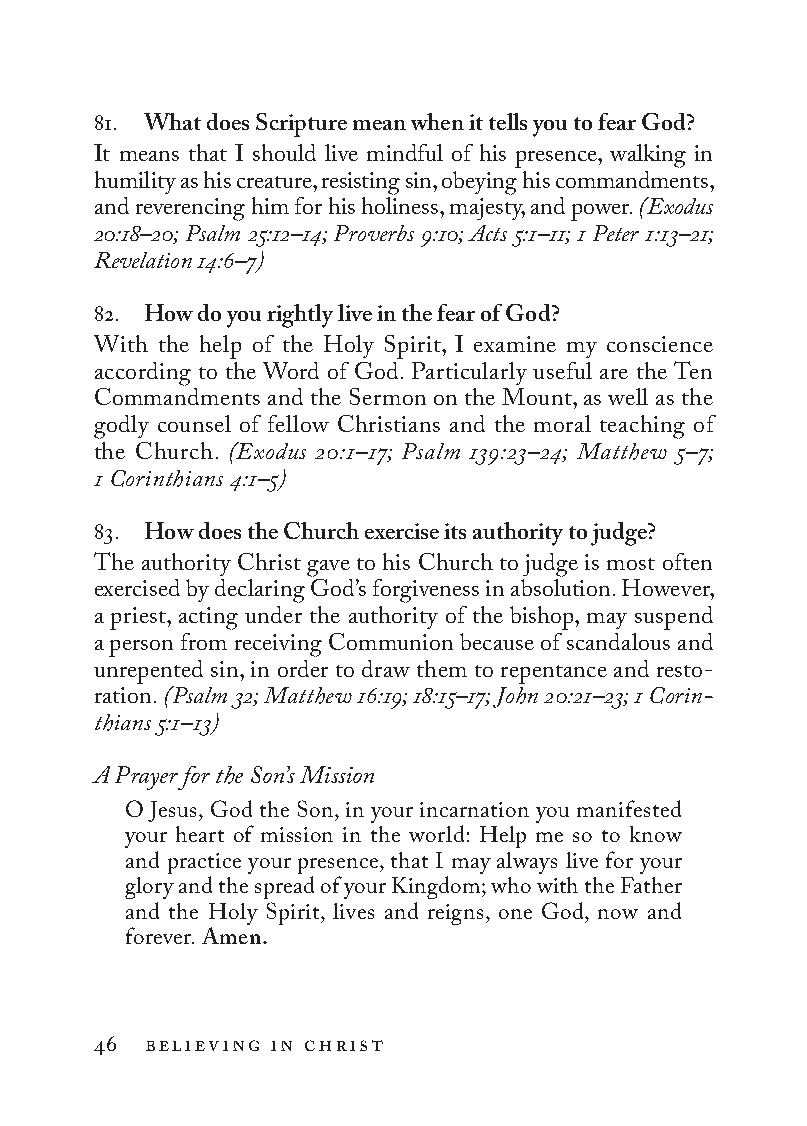
81. What does Scripture mean when it tells you to fear God?
 It means that I should live mindful of his presence, walking in
 humility as his creature, resisting sin, obeying his commandments,
 and reverencing him for his holiness, majesty, and power. (Exodus
 20:18–20; Psalm 25:12–14; Proverbs 9:10; Acts 5:1–11; 1 Peter 1:13–21;
 Revelation 14:6–7)
 82. How do you rightly live in the fear of God?
 With the help of the Holy Spirit, I examine my conscience
 according to the Word of God. Particularly useful are the Ten
 Commandments and the Sermon on the Mount, as well as the
 godly counsel of fellow Christians and the moral teaching of
 the Church. (Exodus 20:1–17; Psalm 139:23–24; Matthew 5–7;
 1 Cor int hia ns 4:1–5)
 83. How does the Church exercise its authority to judge?
 The authority Christ gave to his Church to judge is most often
 exercised by declaring God’s forgiveness in absolution. However,
 a priest, acting under the authority of the bishop, may suspend
 a person from receiving Communion because of scandalous and
 unrepented sin, in order to draw them to repentance and resto-
 ration. (Psalm 32; Matthew 16:19; 18:15–17; John 20:21–23; 1 Co rin­
 thia ns 5:1–13)
 A Prayer for the Son’s Mission
 O Jesus, God the Son, in your incarnation you manifested
 your heart of mission in the world: Help me so to know
 and practice your presence, that I may always live for your
 glory and the spread of your Kingdom; who with the Father
 and the Holy Spirit, lives and reigns, one God, now and
 forever. Amen.
 46 believing in christ
 To be a Christian.566776.int.indd 46        11/13/19 1:31 PM